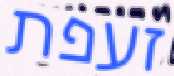
זעפת